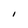
Character: I